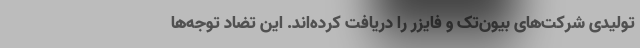
تولیدی شرکت‌های بیون‌تک و فایزر را دریافت کرده‌اند. این تضاد توجه‌ها